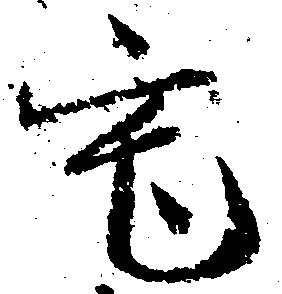
宅